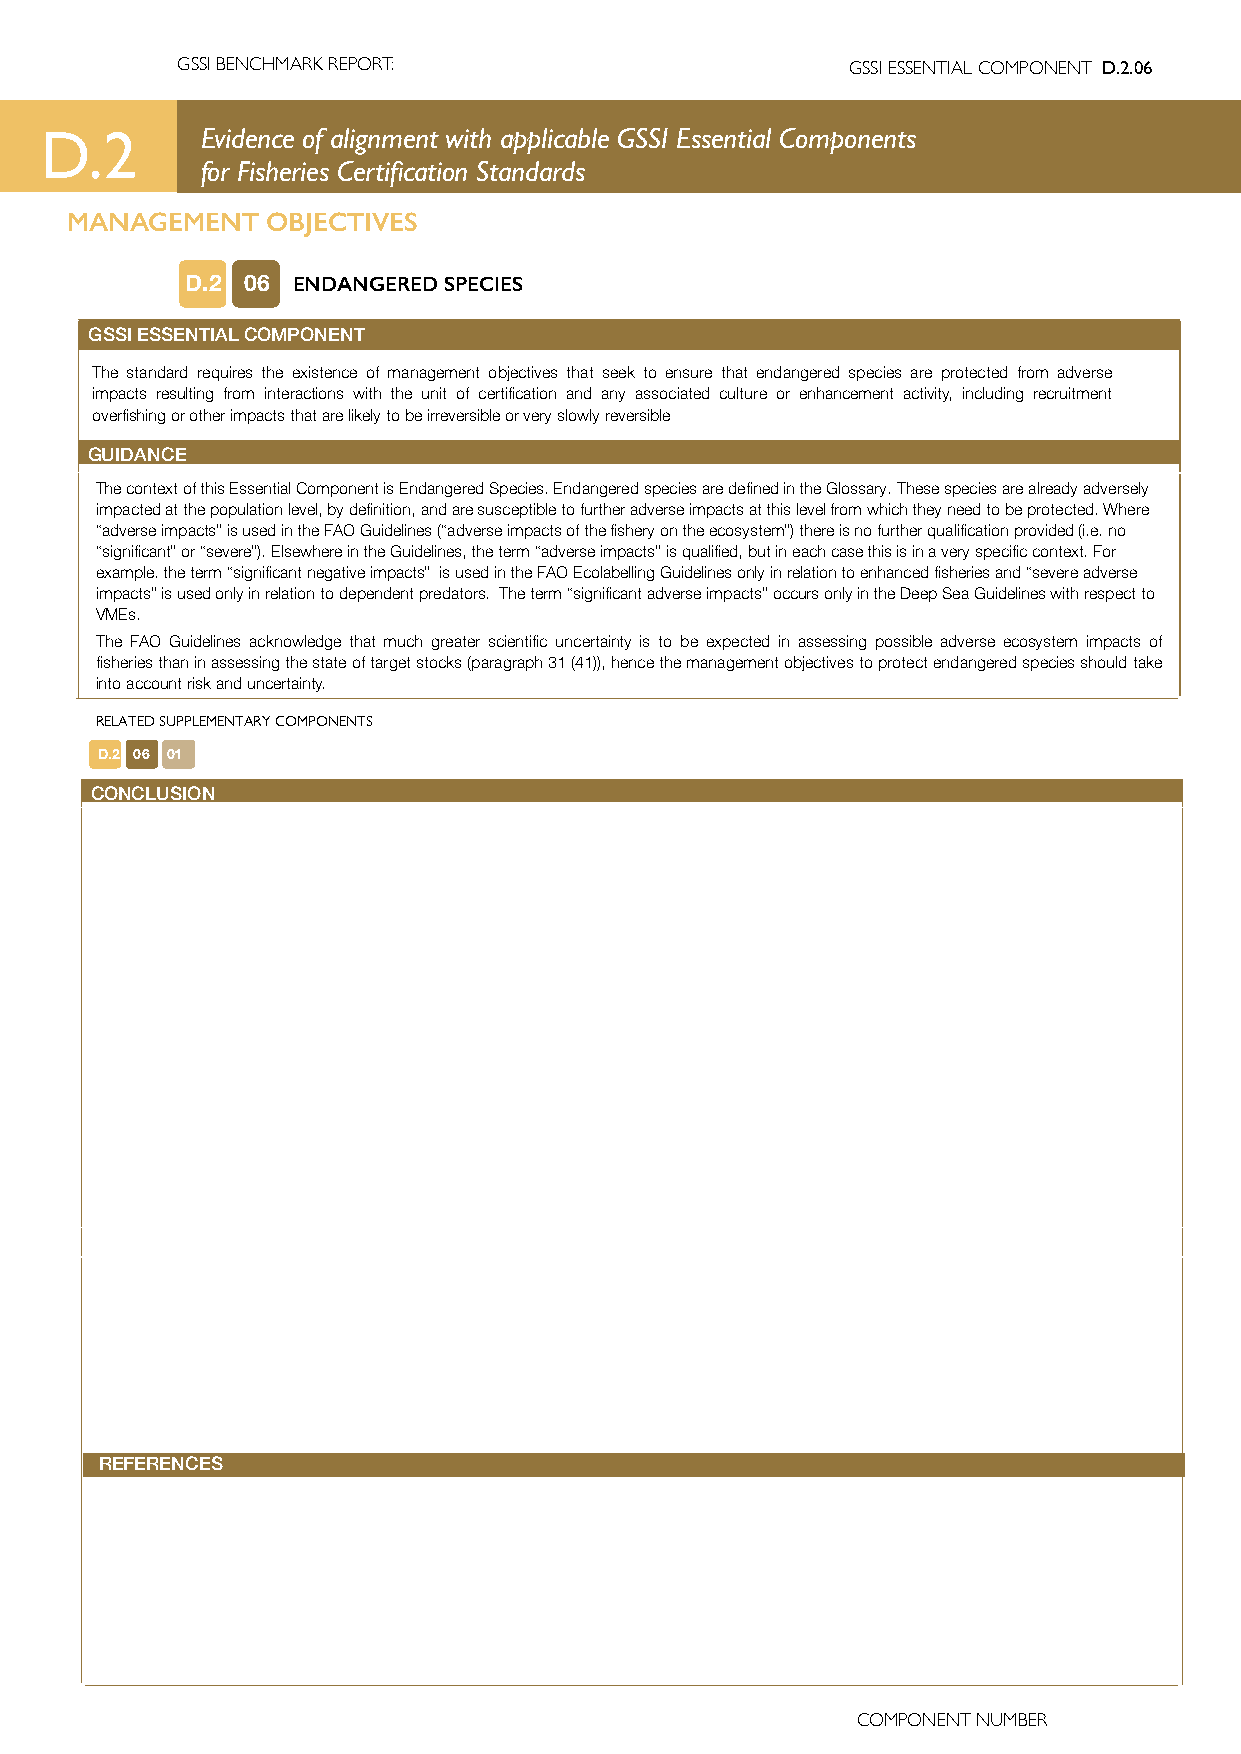
GSSI BENCHMARK REPORT:                      GSSI ESSENTIAL COMPONENT D.2.06
 D.2       Evidence of alignment with applicable GSSI Essential Components
 for Fisheries Certification Standards
 MANAGEMENT    OBJECTIVES
 D.2 06 ENDANGERED SPECIES
 GSSI ESSENTIAL COMPONENT
 The standard requires the existence of management objectives that seek to ensure that endangered species are protected from adverse
 impacts resulting from interactions with the unit of certification and any associated culture or enhancement activity, including recruitment
 overfishing or other impacts that are likely to be irreversible or very slowly reversible
 GUIDANCE
 The context of this Essential Component is Endangered Species. Endangered species are defined in the Glossary. These species are already adversely
 impacted at the population level, by definition, and are susceptible to further adverse impacts at this level from which they need to be protected. Where
 “adverse impacts” is used in the FAO Guidelines (“adverse impacts of the fishery on the ecosystem”) there is no further qualification provided (i.e. no
 “significant” or “severe”). Elsewhere in the Guidelines, the term “adverse impacts” is qualified, but in each case this is in a very specific context. For
 example. the term “significant negative impacts” is used in the FAO Ecolabelling Guidelines only in relation to enhanced fisheries and “severe adverse
 impacts” is used only in relation to dependent predators. The term “significant adverse impacts” occurs only in the Deep Sea Guidelines with respect to
 VMEs.
 The FAO Guidelines acknowledge that much greater scientific uncertainty is to be expected in assessing possible adverse ecosystem impacts of
 fisheries than in assessing the state of target stocks (paragraph 31 (41)), hence the management objectives to protect endangered species should take
 into account risk and uncertainty.
 RELATED SUPPLEMENTARY COMPONENTS
 D.2 06 01
 CONCLUSION
 REFERENCES
 COMPONENT NUMBER